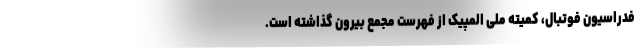
فدراسیون فوتبال، کمیته ملی المپیک از فهرست مجمع بیرون گذاشته است.